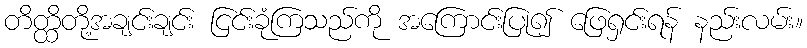
တိတ္ထိတို့အချင်းချင်း ငြင်းခုံကြသည်ကို အကြောင်းပြု၍ ဖြေရှင်းရန် နည်းလမ်း။